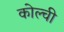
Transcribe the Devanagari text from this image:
कोल्ची